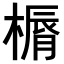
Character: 𣘣